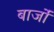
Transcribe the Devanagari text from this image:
बार्जों